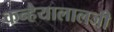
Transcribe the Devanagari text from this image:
कन्हैयालालजी